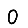
Digit: 0